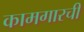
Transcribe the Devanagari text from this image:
कामगारची